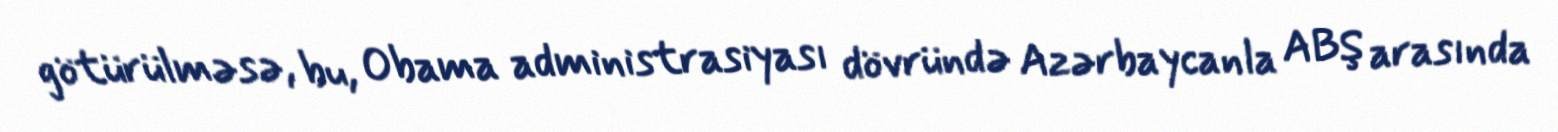
götürülməsə, bu, Obama administrasiyası dövründə Azərbaycanla ABŞ arasında